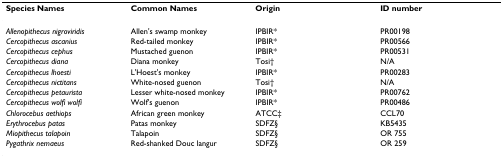
<table><thead><tr><td><b>Species Names</b></td><td><b>Common Names</b></td><td><b>Origin</b></td><td><b>ID number</b></td></tr></thead><tbody><tr><td><i>Allenopithecus nigroviridis</i></td><td>Allen&#x27;s swamp monkey</td><td>IPBIR*</td><td>PR00198</td></tr><tr><td><i>Cercopithecus ascanius</i></td><td>Red-tailed monkey</td><td>IPBIR*</td><td>PR00566</td></tr><tr><td><i>Cercopithecus cephus</i></td><td>Mustached guenon</td><td>IPBIR*</td><td>PR00531</td></tr><tr><td><i>Cercopithecus diana</i></td><td>Diana monkey</td><td>Tosi†</td><td>N/A</td></tr><tr><td><i>Cercopithecus lhoesti</i></td><td>L&#x27;Hoest&#x27;s monkey</td><td>IPBIR*</td><td>PR00283</td></tr><tr><td><i>Cercopithecus nictitans</i></td><td>White-nosed guenon</td><td>Tosi†</td><td>N/A</td></tr><tr><td><i>Cercopithecus petaurista</i></td><td>Lesser white-nosed monkey</td><td>IPBIR*</td><td>PR00762</td></tr><tr><td><i>Cercopithecus wolfi wolfi</i></td><td>Wolf&#x27;s guenon</td><td>IPBIR*</td><td>PR00486</td></tr><tr><td><i>Chlorocebus aethiops</i></td><td>African green monkey</td><td>ATCC‡</td><td>CCL70</td></tr><tr><td><i>Erythrocebus patas</i></td><td>Patas monkey</td><td>SDFZ§</td><td>KB5435</td></tr><tr><td><i>Miopithecus talapoin</i></td><td>Talapoin</td><td>SDFZ§</td><td>OR 755</td></tr><tr><td><i>Pygathrix nemaeus</i></td><td>Red-shanked Douc langur</td><td>SDFZ§</td><td>OR 259</td></tr></tbody></table>